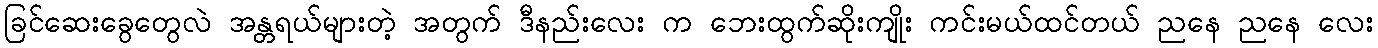
ခြင်ဆေးခွေတွေလဲ အန္တရယ်များတဲ့ အတွက် ဒီနည်းလေး က ဘေးထွက်ဆိုးကျိုး ကင်းမယ်ထင်တယ် ညနေ ညနေ လေး